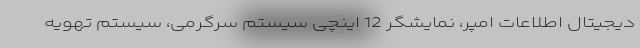
دیجیتال اطلاعات امپر، نمایشگر 12 اینچی سیستم سرگرمی، سیستم تهویه